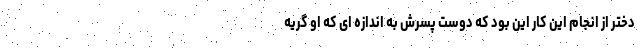
دختر از انجام این کار این بود که دوست پسرش به اندازه ای که او گریه